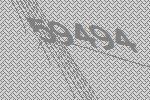
59494